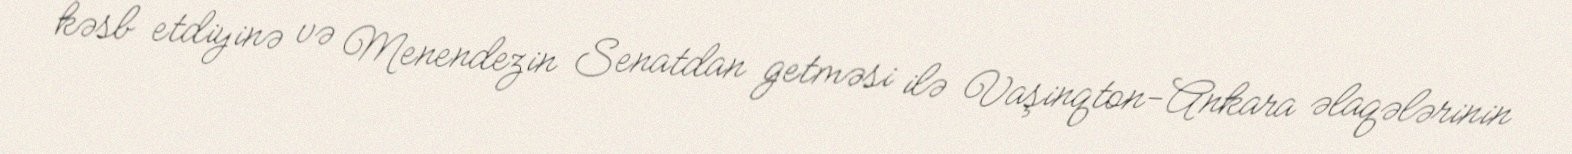
kəsb etdiyinə və Menendezin Senatdan getməsi ilə Vaşinqton-Ankara əlaqələrinin